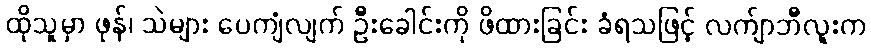
ထိုသူမှာ ဖုန်၊ သဲများ ပေကျံလျက် ဦးခေါင်းကို ဖိထားခြင်း ခံရသဖြင့် လက်ျာဘီလူးက